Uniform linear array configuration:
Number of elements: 32
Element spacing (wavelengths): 0.5
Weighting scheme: hamming
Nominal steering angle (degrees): -45
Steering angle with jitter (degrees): -43.216
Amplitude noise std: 0.05
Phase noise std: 0.05

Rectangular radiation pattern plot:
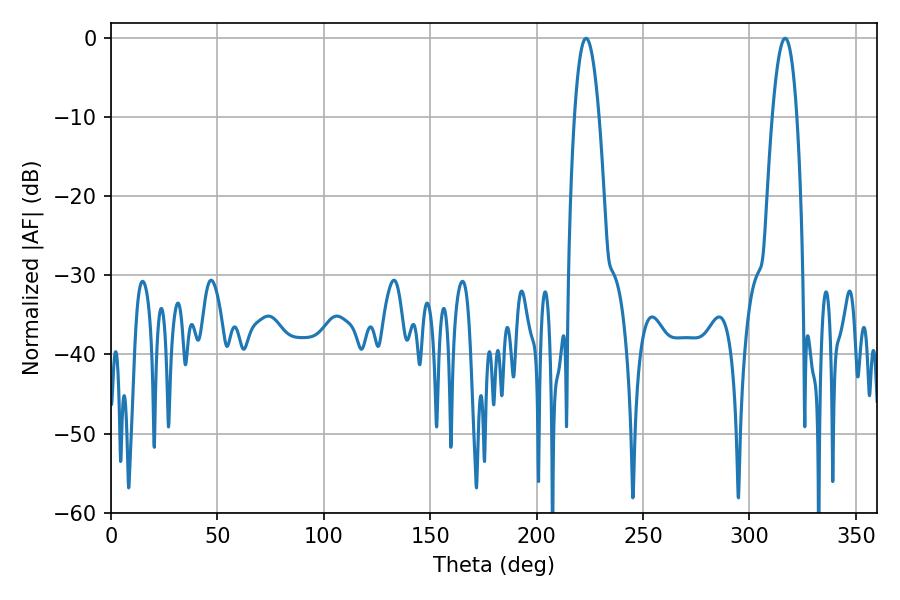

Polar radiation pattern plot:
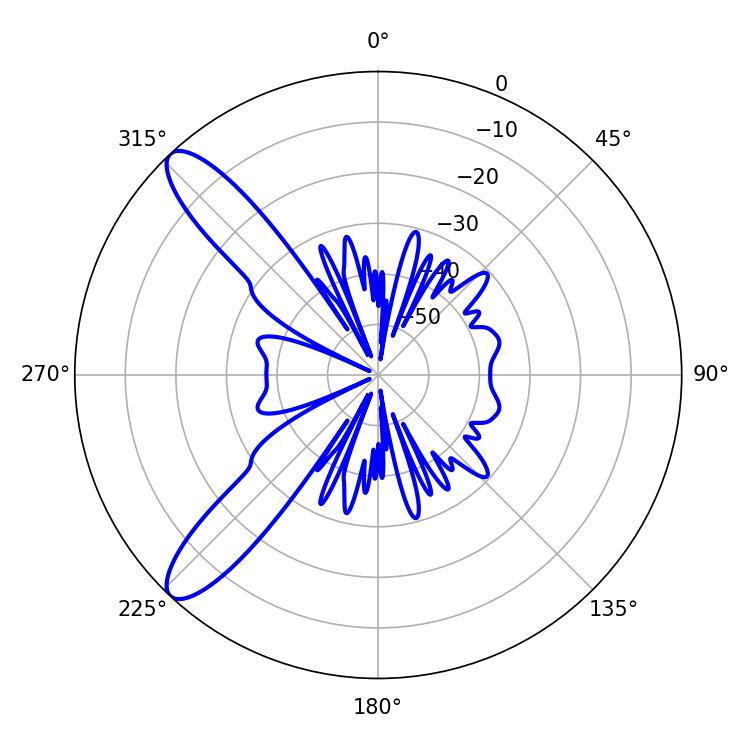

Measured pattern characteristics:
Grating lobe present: FALSE
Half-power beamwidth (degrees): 6.3
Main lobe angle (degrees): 223.2